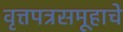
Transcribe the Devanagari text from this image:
वृत्तपत्रसमूहाचे